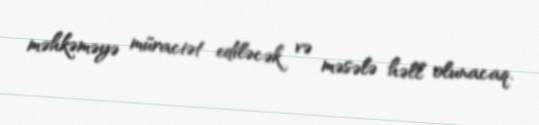
məhkəməyə müraciət ediləcək və məsələ həll olunacaq.